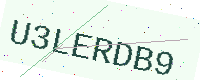
Text: U3LERDB9